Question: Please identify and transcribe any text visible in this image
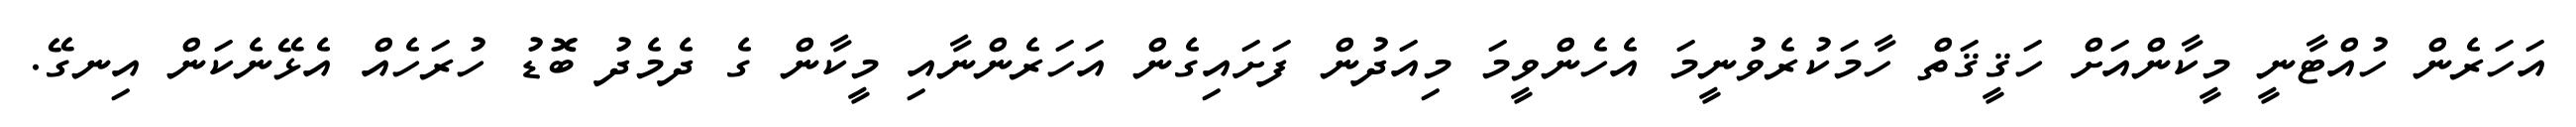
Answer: އަހަރެން ހުއްޓާނީ މީކާންއަށް ހަޤީޤަތް ހާމަކުރެވުނީމަ އެހެންވީމަ މިއަދުން ފަށައިގެން އަހަރެންނާއި މީކާން ގެ ދެމެދު ބޮޑު ހުރަހެއް އެޅޭނެކަން އިނގޭ.